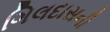
ગિલદાસની